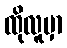
ထိုလူမှာ